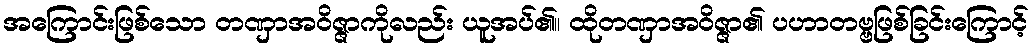
အကြောင်းဖြစ်သော တဏှာအဝိဇ္ဇာကိုလည်း ယူအပ်၏။ ထိုတဏှာအဝိဇ္ဇာ၏ ပဟာတဗ္ဗဖြစ်ခြင်းကြောင့်